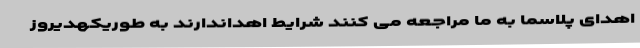
اهدای پلاسما به ما مراجعه می کنند شرایط اهداندارند به طوریکهدیروز